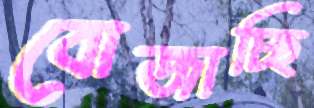
বোজাচ্ছি